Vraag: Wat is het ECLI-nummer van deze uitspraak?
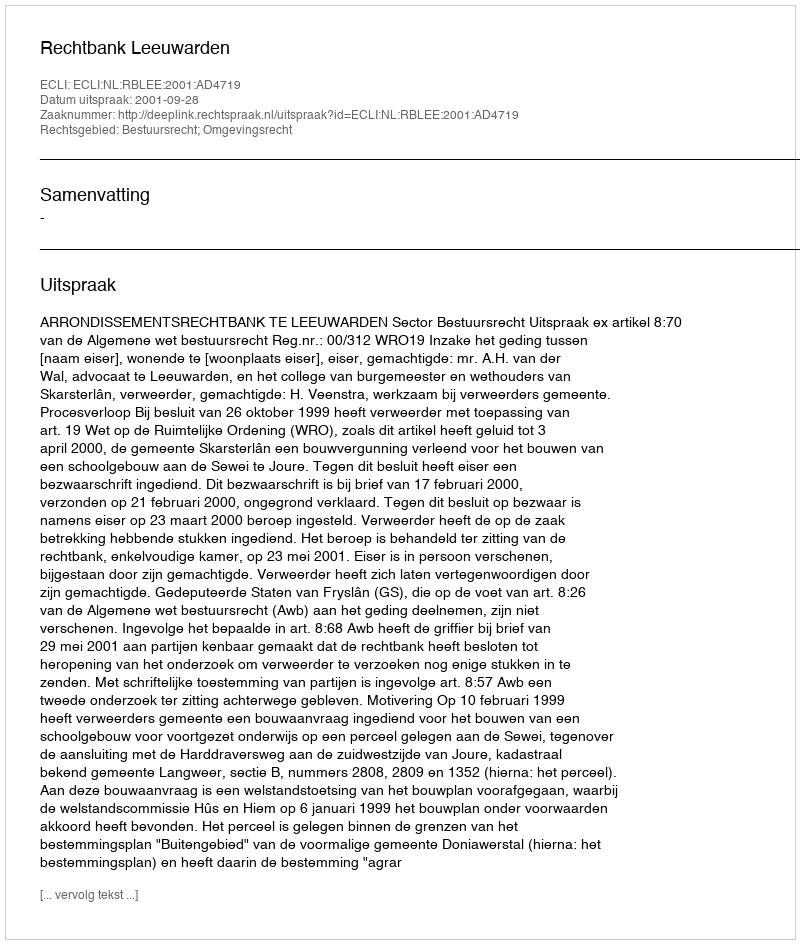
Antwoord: ECLI:NL:RBLEE:2001:AD4719